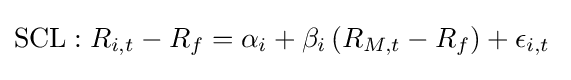
\mathrm {SCL} :R_{i,t}-R_{f}=\alpha _{i}+\beta _{i}\,(R_{M,t}-R_{f})+\epsilon _{i,t}{\frac {}{}}